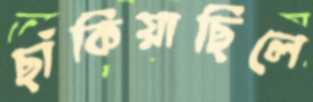
ছাঁকিয়াছিলে